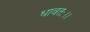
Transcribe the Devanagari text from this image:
धावतः।।